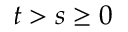
t > s \geq 0